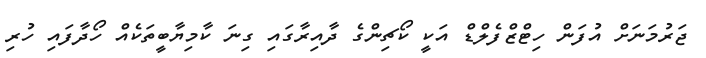
ޖަރުމަނަށް އުފަން ހިޓްޒްފެލްޑް އަކީ ކޯޗިންގެ ދާއިރާގައި ގިނަ ކާމިޔާބީތަކެއް ހޯދާފައި ހުރި